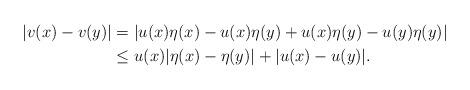
LaTeX: \begin{align*}|v(x)-v(y)|& = |u(x)\eta(x)-u(x)\eta(y)+u(x)\eta(y)- u(y)\eta(y)| \\& \le u(x) |\eta(x)-\eta(y)| + |u(x)- u(y)|.\end{align*}